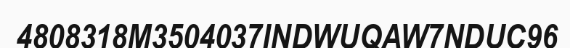
4808318M3504037INDWUQAW7NDUC96